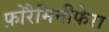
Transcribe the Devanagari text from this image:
फ़ोरैमिनीफेरा